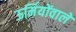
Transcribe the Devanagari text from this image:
ऊर्मियोंवाले